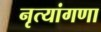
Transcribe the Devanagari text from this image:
नृत्यांगणा